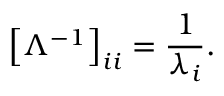
\left[ \Lambda ^ { - 1 } \right] _ { i i } = { \frac { 1 } { \lambda _ { i } } } .